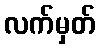
လက်မှတ်